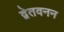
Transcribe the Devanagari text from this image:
द्वेतवनन